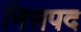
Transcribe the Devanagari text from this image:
निसपद